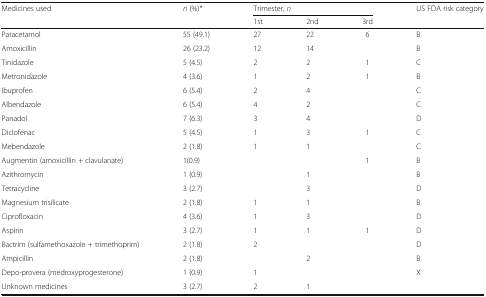
| <ROWSPAN=2> Medicines used | <ROWSPAN=2> n (%)* | <COLSPAN=3> Trimester, n | <ROWSPAN=2> US FDA risk category |
 | 1st | 2nd | 3rd |
 | --- | --- | --- | --- | --- | --- |
 | Paracetamol | 55 (49.1) | 27 | 22 | 6 | B |
 | Amoxicillin | 26 (23.2) | 12 | 14 |  | B |
 | Tinidazole | 5 (4.5) | 2 | 2 | 1 | C |
 | Metronidazole | 4 (3.6) | 1 | 2 | 1 | B |
 | Ibuprofen | 6 (5.4) | 2 | 4 |  | C |
 | Albendazole | 6 (5.4) | 4 | 2 |  | C |
 | Panadol | 7 (6.3) | 3 | 4 |  | D |
 | Diclofenac | 5 (4.5) | 1 | 3 | 1 | C |
 | Mebendazole | 2 (1.8) | 1 | 1 |  | C |
 | Augmentin (amoxicillin + clavulanate) | 1(0.9) |  |  | 1 | B |
 | Azithromycin | 1 (0.9) |  | 1 |  | B |
 | Tetracycline | 3 (2.7) |  | 3 |  | D |
 | Magnesium trisilicate | 2 (1.8) | 1 | 1 |  | B |
 | Ciprofloxacin | 4 (3.6) | 1 | 3 |  | D |
 | Aspirin | 3 (2.7) | 1 | 1 | 1 | D |
 | Bactrim (sulfamethoxazole + trimethoprim) | 2 (1.8) | 2 |  |  | D |
 | Ampicillin | 2 (1.8) |  | 2 |  | B |
 | Depo-provera (medroxyprogesterone) | 1 (0.9) | 1 |  |  | X |
 | Unknown medicines | 3 (2.7) | 2 | 1 |  |  |